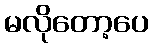
မလိုတော့ပေ